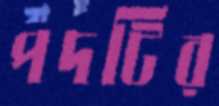
পদটির